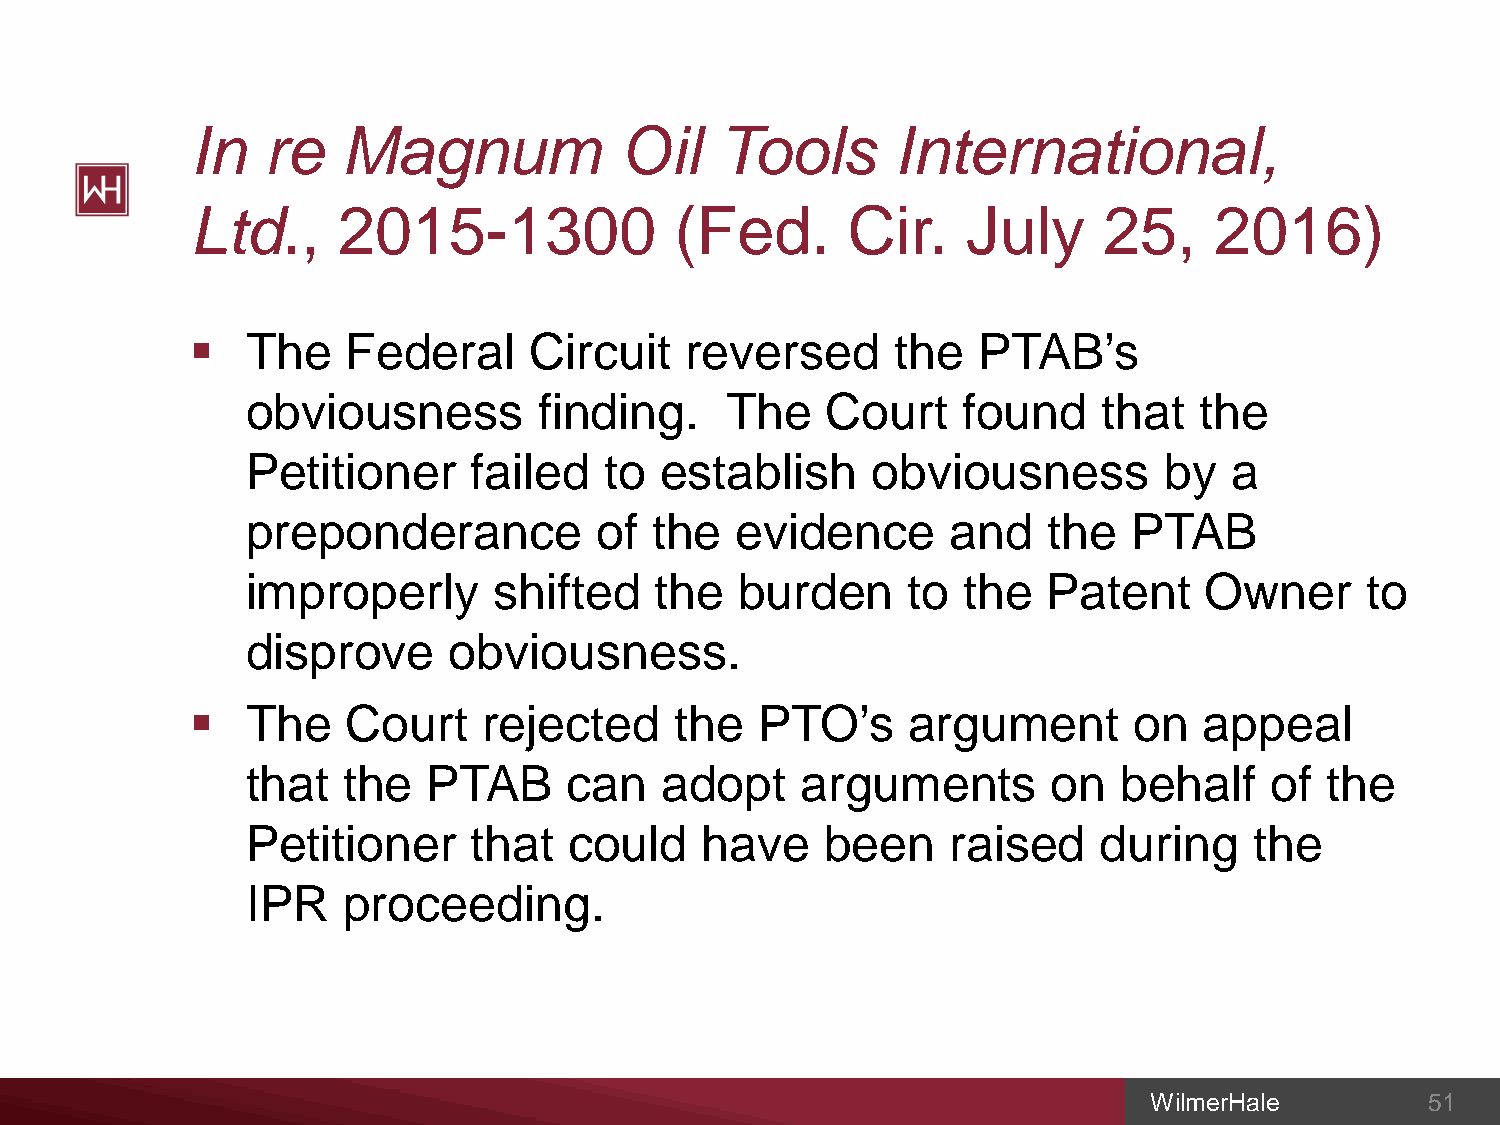
In  re    Magnum            Oil    Tools      International,
 Ltd.,    2015-1300              (Fed.      Cir.    July     25,    2016)
   The    Federal     Circuit   reversed      the   PTAB’s
 obviousness         finding.    The    Court    found    that  the
 Petitioner     failed   to  establish     obviousness        by   a
 preponderance           of the   evidence      and   the   PTAB
 improperly       shifted   the   burden     to  the  Patent     Owner     to
 disprove      obviousness.
   The    Court    rejected     the  PTO’s     argument       on   appeal
 that   the  PTAB      can   adopt    arguments        on  behalf    of  the
 Petitioner     that   could   have     been    raised    during    the
 IPR    proceeding.
 WilmerHale         51